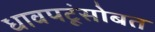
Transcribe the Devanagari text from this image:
धावपटूंसोबत